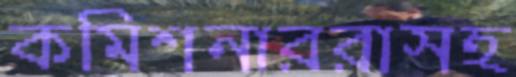
কমিশনাররাসহ